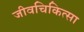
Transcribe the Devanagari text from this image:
जीवचिकित्सा